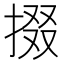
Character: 掇